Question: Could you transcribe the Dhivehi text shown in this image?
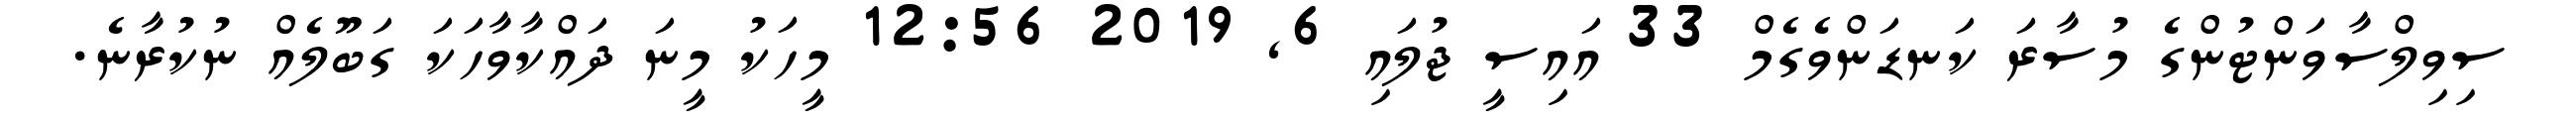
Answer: ސިވިލްސާވަންޓުންގެ މުސާރަ ކަނޑަންވެގެމް 33 އައިސީ ޖުލައި 6, 2019 12:56 މީހަކު މީނަ ދައްކާވާހަކަ ގަބޫލެއް ނުކުރާނެ.